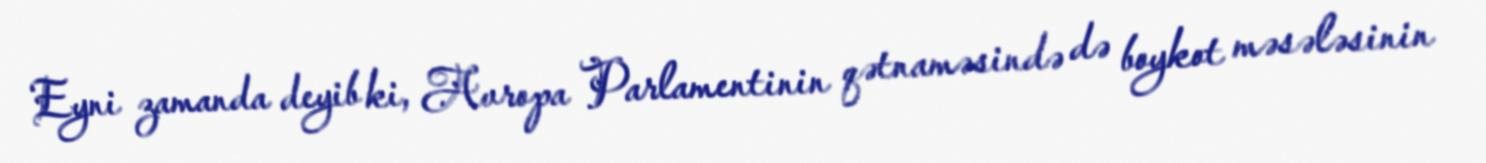
Eyni zamanda deyib ki, Avropa Parlamentinin qətnaməsində də boykot məsələsinin